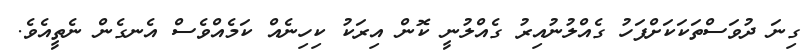
ގިނަ ދުވަސްތަކަކަށްފަހު ގެއްލުނުއިރު ގެއްލުނީ ކޮން އިރަކު ކިހިނެއް ކަމެއްވެސް އެނގެން ނެތީއެވެ.